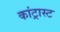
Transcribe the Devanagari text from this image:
कांट्रास्ट